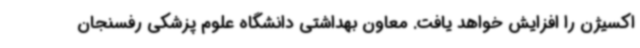
اکسیژن را افزایش خواهد یافت. معاون بهداشتی دانشگاه علوم پزشکی رفسنجان